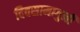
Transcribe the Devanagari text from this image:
दिवसामागुनी